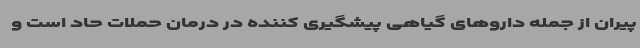
پیران از جمله داروهای گیاهی پیشگیری کننده در درمان حملات حاد است و